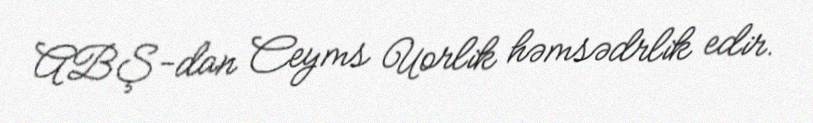
ABŞ-dan Ceyms Uorlik həmsədrlik edir.